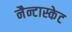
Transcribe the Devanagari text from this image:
नैन्टास्केट